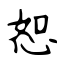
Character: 恕